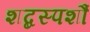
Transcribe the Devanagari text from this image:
शब्दस्पर्शौ